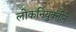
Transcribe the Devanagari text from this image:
लोकनियुक्तीने